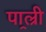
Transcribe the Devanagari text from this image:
पाल्र्री